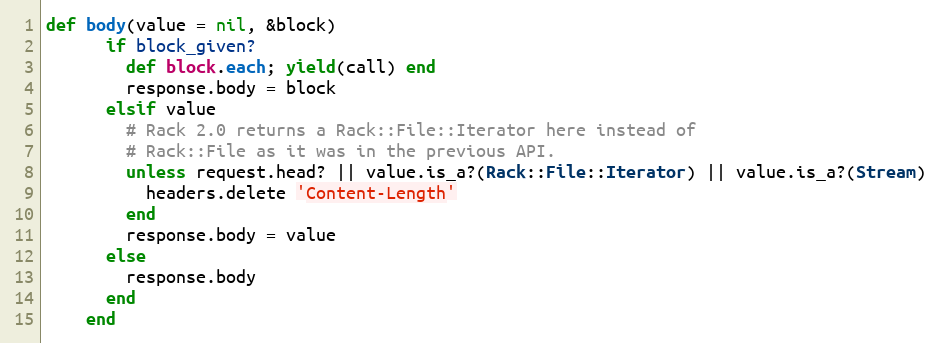
Language: Ruby
def body(value = nil, &block)
      if block_given?
        def block.each; yield(call) end
        response.body = block
      elsif value
        # Rack 2.0 returns a Rack::File::Iterator here instead of
        # Rack::File as it was in the previous API.
        unless request.head? || value.is_a?(Rack::File::Iterator) || value.is_a?(Stream)
          headers.delete 'Content-Length'
        end
        response.body = value
      else
        response.body
      end
    end